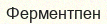
Ферментпен